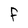
Character: f